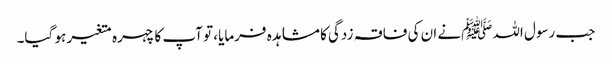
جب رسول اللہﷺنے ان کی فاقہ زدگی کا مشاہدہ فرمایا، تو آپ کا چہرہ متغیر ہو گیا۔